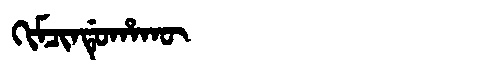
Manchu: ᡴᡳᠮᠴᡳᠨᡩᡠᡥᠠᡴᡡ
Romanization: KIMCINDUHAKŪ